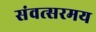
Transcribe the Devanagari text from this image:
संवत्सरमय